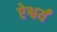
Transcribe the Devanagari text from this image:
ऐश्वर्यं